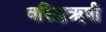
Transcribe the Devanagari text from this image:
वसिष्ठऋषी